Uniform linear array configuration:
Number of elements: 4
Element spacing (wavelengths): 0.75
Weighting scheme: exponential
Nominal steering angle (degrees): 0
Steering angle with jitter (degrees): -1.836
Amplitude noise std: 0.05
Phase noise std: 0.05

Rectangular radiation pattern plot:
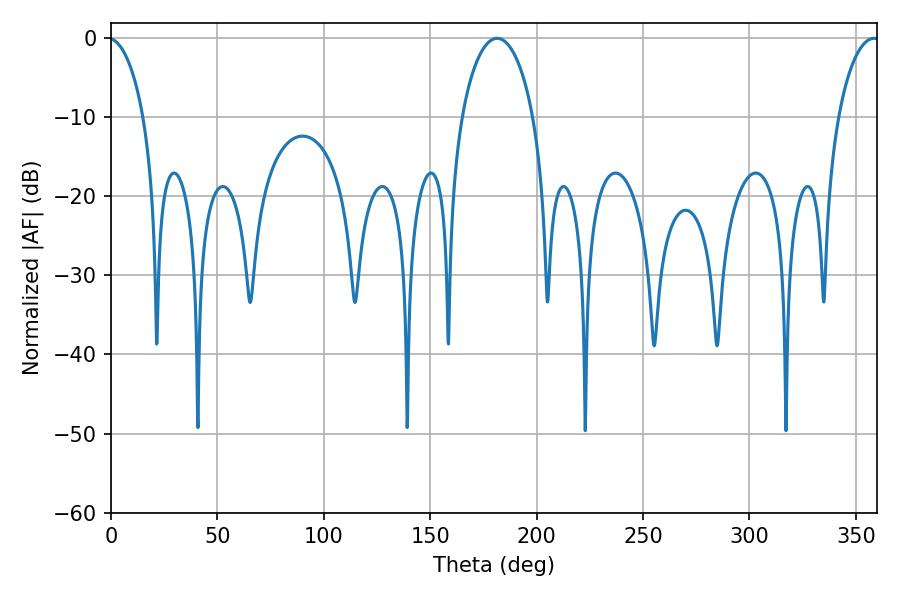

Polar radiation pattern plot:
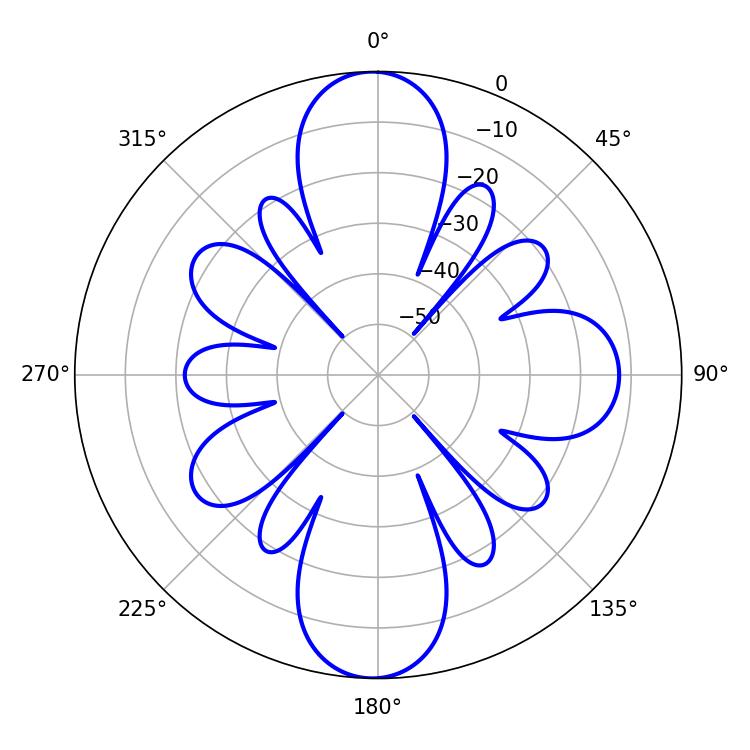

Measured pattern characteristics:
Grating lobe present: TRUE
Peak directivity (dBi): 32.306
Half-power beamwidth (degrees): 11.16
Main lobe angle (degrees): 358.56